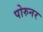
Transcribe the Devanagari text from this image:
पोरुनर